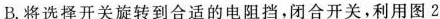
B.将选择开关旋转到合适的电阻挡，闭合开关，利用图 2